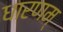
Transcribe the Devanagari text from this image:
धारणम्